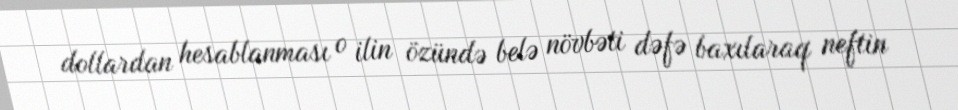
dollardan hesablanması o ilin özündə belə növbəti dəfə baxılaraq neftin